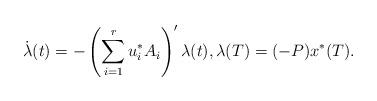
LaTeX: \begin{align*} \dot{\lambda}(t)=-\left(\sum_{i=1}^r{u_i^*A_i}\right)' \lambda(t),\lambda(T)=(- P) x^*(T).\end{align*}